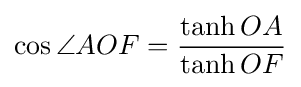
\cos \angle AOF={\frac {\tanh OA}{\tanh OF}}